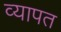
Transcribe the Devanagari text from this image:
व्‍यापत